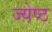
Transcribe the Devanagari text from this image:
ज्‍येष्‍ठ